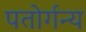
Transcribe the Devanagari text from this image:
पतोर्गन्य